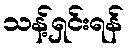
သန့်ရှင်းရန်